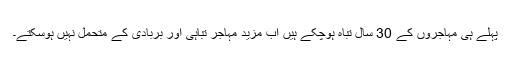
پہلے ہی مہاجروں کے 30 سال تباہ ہوچکے ہیں اب مزید مہاجر تباہی اور بربادی کے متحمل نہیں ہوسکتے۔